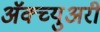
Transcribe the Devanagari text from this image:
अॅक्च्युअरी